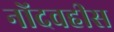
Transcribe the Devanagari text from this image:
नोंदवहीस